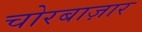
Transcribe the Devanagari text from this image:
चोरबाज़ार